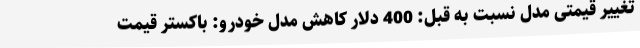
تغییر قیمتی مدل نسبت به قبل: 400 دلار کاهش مدل خودرو: باکستر قیمت